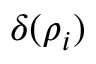
\delta ( \rho _ { i } )